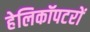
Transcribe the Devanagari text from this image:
हेलिकॉपटरों